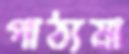
পাঠ্যমা